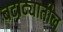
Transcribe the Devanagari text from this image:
बटाट्यातील